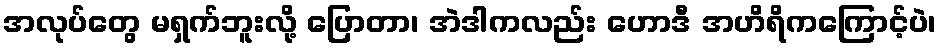
အလုပ်တွေ မရှက်ဘူးလို့ ပြောတာ၊ အဲဒါကလည်း ဟောဒီ အဟိရိကကြောင့်ပဲ၊